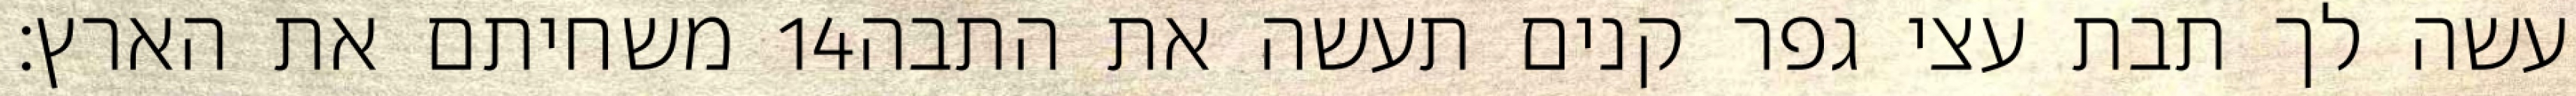
משחיתם את הארץ׃ ‎14‏ עשה לך תבת עצי גפר קנים תעשה את התבה